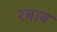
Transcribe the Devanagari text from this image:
रबाब